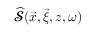
\widehat { \mathbfcal { S } } ( \vec { x } , \vec { \xi } , z , \omega )